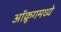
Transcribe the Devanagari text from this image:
ऑक्रूगमध्ये